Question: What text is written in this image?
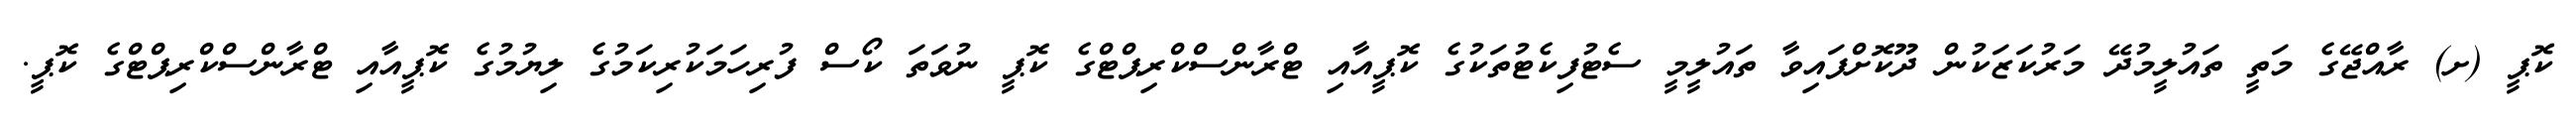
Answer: ކޮޕީ (ށ) ރާއްޖޭގެ މަތީ ތައުލީމުދޭ މަރުކަޒަކުން ދޫކޮށްފައިވާ ތައުލީމީ ސެޓުފިކެޓުތަކުގެ ކޮޕީއާއި ޓްރާންސްކްރިޕްޓްގެ ކޮޕީ ނުވަތަ ކޯސް ފުރިހަމަކުރިކަމުގެ ލިޔުމުގެ ކޮޕީއާއި ޓްރާންސްކްރިޕްޓްގެ ކޮޕީ.